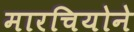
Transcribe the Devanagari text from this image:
मारचियोने